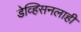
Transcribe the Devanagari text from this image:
डेव्हिसनलाही